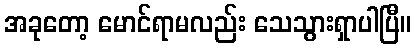
အခုတော့ မောင်ရာမလည်း သေသွားရှာပါပြီ။